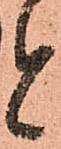
と